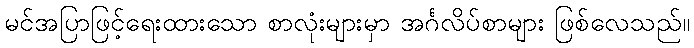
မင်အပြာဖြင့်ရေးထားသော စာလုံးများမှာ အင်္ဂလိပ်စာများ ဖြစ်လေသည်။